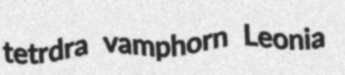
tetrdra vamphorn Leonia